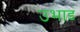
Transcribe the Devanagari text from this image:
उभाड